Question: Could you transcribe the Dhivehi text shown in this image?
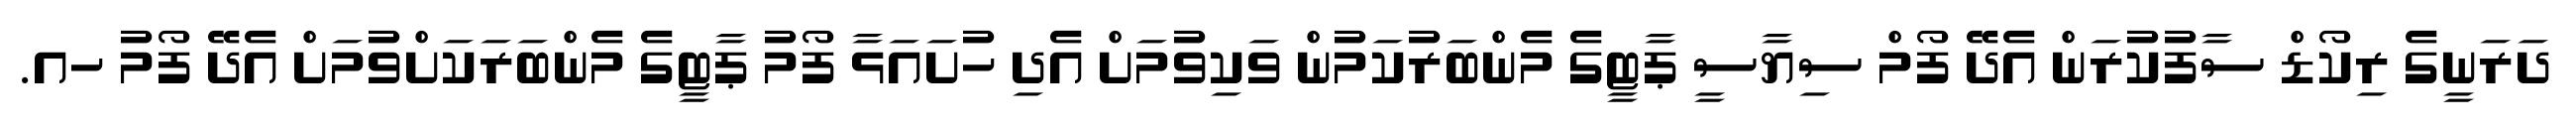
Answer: ދަރަނީގެ ރިކޯޑް ސާފުކުރަން އެދޭ ފޯމް ސިޔާސީ ޕާޓީގެ މެންބަރުކަމުން ވަކިވުމަށް އެދި ހުށައަޅާ ފޯމު ޕާޓީގެ މެންބަރަކަށްވުމަށް އެދޭ ފޯމު ހއ.